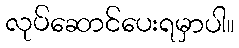
လုပ်ဆောင်ပေးရမှာပါ။